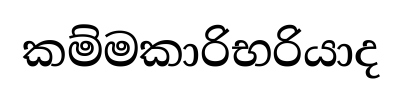
කම්මකාරිභරියාද